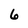
Character: 6